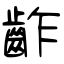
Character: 齚